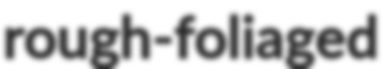
rough-foliaged